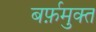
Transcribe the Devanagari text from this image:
बर्फ़मुक्त